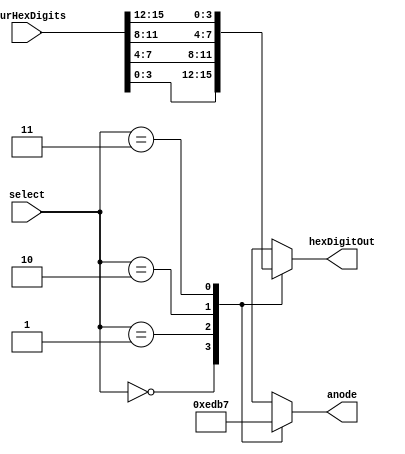
// John Hubbard, 22 Mar 2015
//
// This contains all routines that are deal with the 7-segment display;
// specifically, for the Digilent BASYS3 board. Both hex and ASCII input
// can be translated here, to 7-segment output.
//

module packed_hex_to_hex_digit(fourHexDigits, select, anode, hexDigitOut);
    input [15:0] fourHexDigits;
    input [1:0] select;
    output reg [3:0] anode;
    output reg [3:0] hexDigitOut;

    always @(*)
    begin
        case (select)
            0: begin
                anode <= 4'b1110;
                hexDigitOut <= fourHexDigits[3:0];
            end
            1: begin
                anode <= 4'b1101;
                hexDigitOut <= fourHexDigits[7:4];
            end
            2: begin
                anode <= 4'b1011;
                hexDigitOut <= fourHexDigits[11:8];
            end
            3: begin
                anode <= 4'b0111;
                hexDigitOut <= fourHexDigits[15:12];
            end
            default:begin
                anode <= 4'b0111;
                hexDigitOut <= 8'h3d; // "=", for easier debugging
            end
        endcase
    end
endmodule

module packed_ascii_to_hex_digit(fourAsciiDigits, select, anode, asciiDigitOut);
    input [32-1:0] fourAsciiDigits;
    input [1:0] select;
    output reg [3:0] anode;
    output reg [8-1:0] asciiDigitOut;

    always @(*)
    begin
        case (select)
            0: begin
                anode <= 4'b1110;
                asciiDigitOut <= fourAsciiDigits[7:0];
            end
            1: begin
                anode <= 4'b1101;
                asciiDigitOut <= fourAsciiDigits[15:8];
            end
            2: begin
                anode <= 4'b1011;
                asciiDigitOut <= fourAsciiDigits[23:16];
            end
            3: begin
                anode <= 4'b0111;
                asciiDigitOut <= fourAsciiDigits[31:24];
            end
            default:begin
                anode <= 4'b1011;
                asciiDigitOut <= 8'h3d; // "=", for easier debugging
            end
        endcase
    end
endmodule

module hex2_7seg(in,out);
    input [3:0] in;     // 3210
    output [6:0] out;   // abcdefg
    reg [6:0] out;

    always @(*)
    begin
        case (in)
             // 3210     abcdefg
             0:  out = 7'b0000001;
             1:  out = 7'b1001111;
             2:  out = 7'b0010010;
             3:  out = 7'b0000110;
             4:  out = 7'b1001100;
             5:  out = 7'b0100100;
             6:  out = 7'b0100000;
             7:  out = 7'b0001111;
             8:  out = 7'b0000000;
             9:  out = 7'b0000100;
             10: out = 7'b0001000;
             11: out = 7'b1100000;
             12: out = 7'b0110001;
             13: out = 7'b1000010;
             14: out = 7'b0110000;
             15: out = 7'b0111000;
             default: out = 7'bx;
         endcase
     end
endmodule

module ascii2_7seg(asciiIn, seg7digit);
    parameter N = 8; // 8-bit ascii makes it easier to specify string arrays
    input  [N-1:0] asciiIn;     // 3210
    output reg [6:0] seg7digit; // abcdefg

    always @(*)
    begin
        case (asciiIn)
            39: seg7digit = 7'b1011111; // '
            45: seg7digit = 7'b1111110; // -

            48: seg7digit = 7'b0000001; // 0
            49: seg7digit = 7'b1001111; // 1
            50: seg7digit = 7'b0010010; // 2
            51: seg7digit = 7'b0000110; // 3
            52: seg7digit = 7'b1001100; // 4
            53: seg7digit = 7'b0100100; // 5
            54: seg7digit = 7'b0100000; // 6
            55: seg7digit = 7'b0001111; // 7
            56: seg7digit = 7'b0000000; // 8
            57: seg7digit = 7'b0000100; // 9

            61: seg7digit = 7'b1110110; // =

                                  // Desired  Actual
                                  // -----    ------
            65: seg7digit = 7'b0001000; //   A        A
            66: seg7digit = 7'b1100000; //   B        b
            67: seg7digit = 7'b0110001; //   COUNTER_BITS        COUNTER_BITS
            68: seg7digit = 7'b1000010; //   D        d
            69: seg7digit = 7'b0110000; //   E        E
            70: seg7digit = 7'b0111000; //   F        F
            71: seg7digit = 7'b0000100; //   G        9
            72: seg7digit = 7'b1001000; //   H        H
            73: seg7digit = 7'b1001111; //   I        l
            74: seg7digit = 7'b1000011; //   J        J
            75: seg7digit = 7'b1111111; //   K        blank/off
            76: seg7digit = 7'b1110001; //   L        L
            77: seg7digit = 7'b1111111; //   M        blank/off
            78: seg7digit = 7'b1111111; //   N        blank/off
            79: seg7digit = 7'b0000001; //   O        0
            80: seg7digit = 7'b0011000; //   P        P
            81: seg7digit = 7'b1111111; //   Q        blank/off
            82: seg7digit = 7'b1111111; //   R        blank/off
            83: seg7digit = 7'b0100100; //   S        S
            84: seg7digit = 7'b1111111; //   T        blank/off
            85: seg7digit = 7'b1100011; //   U        u
            86: seg7digit = 7'b1111111; //   V        blank/off
            87: seg7digit = 7'b1111111; //   W        blank/off
            88: seg7digit = 7'b1111111; //   X        blank/off
            89: seg7digit = 7'b1111111; //   Y        blank/off
            90: seg7digit = 7'b1111111; //   Z        blank/off

            95: seg7digit = 7'b1110111; //   _        _

             97: seg7digit = 7'b0001000; //  a        A
             98: seg7digit = 7'b1100000; //  b        b
             99: seg7digit = 7'b1110010; //  c        c
            100: seg7digit = 7'b1000010; //  d        d
            101: seg7digit = 7'b0110000; //  e        E
            102: seg7digit = 7'b0111000; //  f        F
            103: seg7digit = 7'b0000100; //  g        9
            104: seg7digit = 7'b1101000; //  h        h
            105: seg7digit = 7'b1001111; //  i        l
            106: seg7digit = 7'b1000011; //  j        J
            107: seg7digit = 7'b1111111; //  k        blank/off
            108: seg7digit = 7'b1001111; //  l        l
            109: seg7digit = 7'b1111111; //  m        blank/off
            110: seg7digit = 7'b1111111; //  n        blank/off
            111: seg7digit = 7'b1100010; //  o        o
            112: seg7digit = 7'b0011000; //  p        P
            113: seg7digit = 7'b1111111; //  q        blank/off
            114: seg7digit = 7'b1111111; //  r        blank/off
            115: seg7digit = 7'b0100100; //  s        S
            116: seg7digit = 7'b1111111; //  t        blank/off
            117: seg7digit = 7'b1100011; //  u        u
            118: seg7digit = 7'b1111111; //  v        blank/off
            119: seg7digit = 7'b1111111; //  w        blank/off
            120: seg7digit = 7'b1111111; //  x        blank/off
            121: seg7digit = 7'b1111111; //  y        blank/off
            122: seg7digit = 7'b1111111; //  z        blank/off

            default: seg7digit = 7'b1111111; // Default: blank/off
         endcase
     end
endmodule